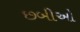
છબીઓ